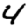
Digit: 4